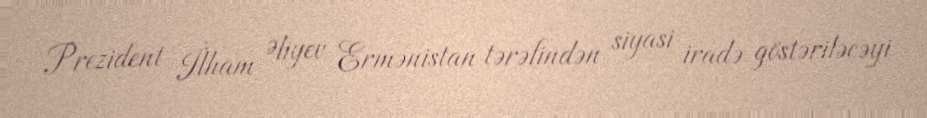
Prezident İlham Əliyev Ermənistan tərəfindən siyasi iradə göstəriləcəyi